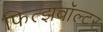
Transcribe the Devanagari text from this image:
फित्झवॉल्टर